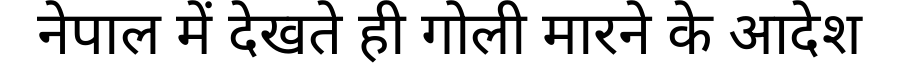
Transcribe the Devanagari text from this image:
नेपाल में देखते ही गोली मारने के आदेश